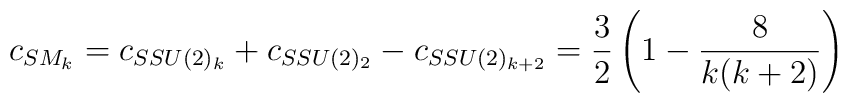
c_{SM_{k}} = c_{SSU(2)_k}+c_{SSU(2)_2}-c_{SSU(2)_{k+2}} = \frac{3}{2}\left(1 -\frac{8}{k(k+2)}\right)